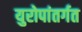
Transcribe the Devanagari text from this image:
युरोपांतर्गत